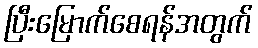
ပြီးမြောက်စေရန်အတွက်